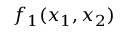
f _ { 1 } ( x _ { 1 } , x _ { 2 } )